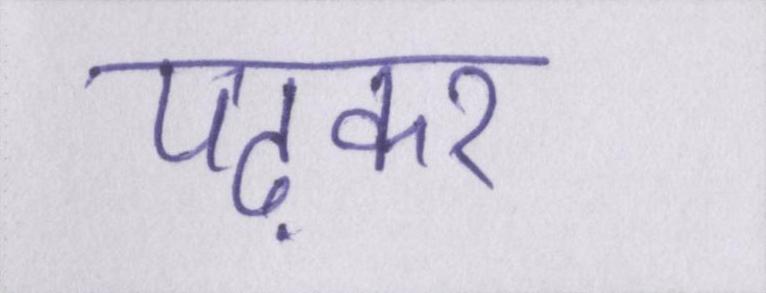
पढ़कर